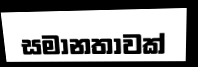
සමානතාවක්